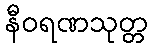
နီဝရဏသုတ္တ